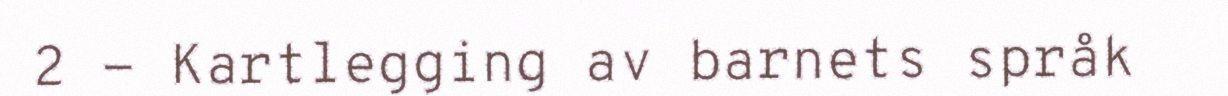
2 - Kartlegging av barnets språk